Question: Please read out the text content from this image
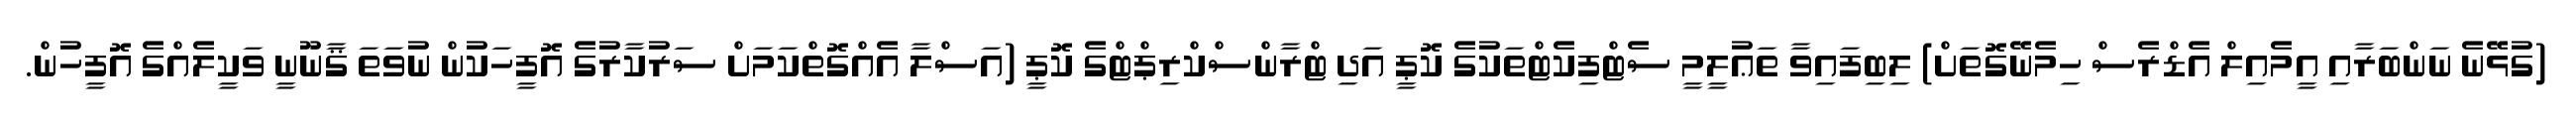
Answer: (ގުޅޭނެ ނަންބަރާއި އީމެއިލް އެޑްރެސް ހިމެނޭގޮތަށް) ލިބިފައިވާ ތަޢުލީމީ ސެޓްފިކެޓްތަކުގެ ކޮޕީ އަދި ޓްރާންސްކްރިޕްޓްގެ ކޮޕީ (އަސްލާ އެއްގޮތްކަމަށް ސަރުކާރުގެ އޮފީހަކުން ނުވަތަ ޤާނޫނީ ވަކީލެއްގެ އޮފީހުން.